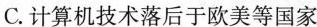
C.计算机技术落后于欧美等国家